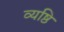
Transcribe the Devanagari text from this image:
व्यष्ठि